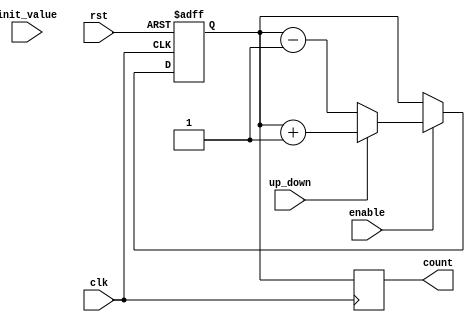
module UpDownCounter (
    input wire clk,
    input wire rst,
    input wire up_down,
    input wire enable,
    input wire [7:0] init_value,
    output reg [7:0] count
);

reg [7:0] state;
reg [7:0] next_state;

always @(posedge clk or negedge rst) begin
    if (rst == 0) begin
        state <= 8'd0;
    end else begin
        state <= next_state;
    end
end

always @* begin
    if (enable == 1) begin
        if (up_down == 1) begin
            next_state = state + 1;
        end else begin
            next_state = state - 1;
        end
    end else begin
        next_state = state;
    end
end

always @(posedge clk) begin
    count <= state;
end

endmodule